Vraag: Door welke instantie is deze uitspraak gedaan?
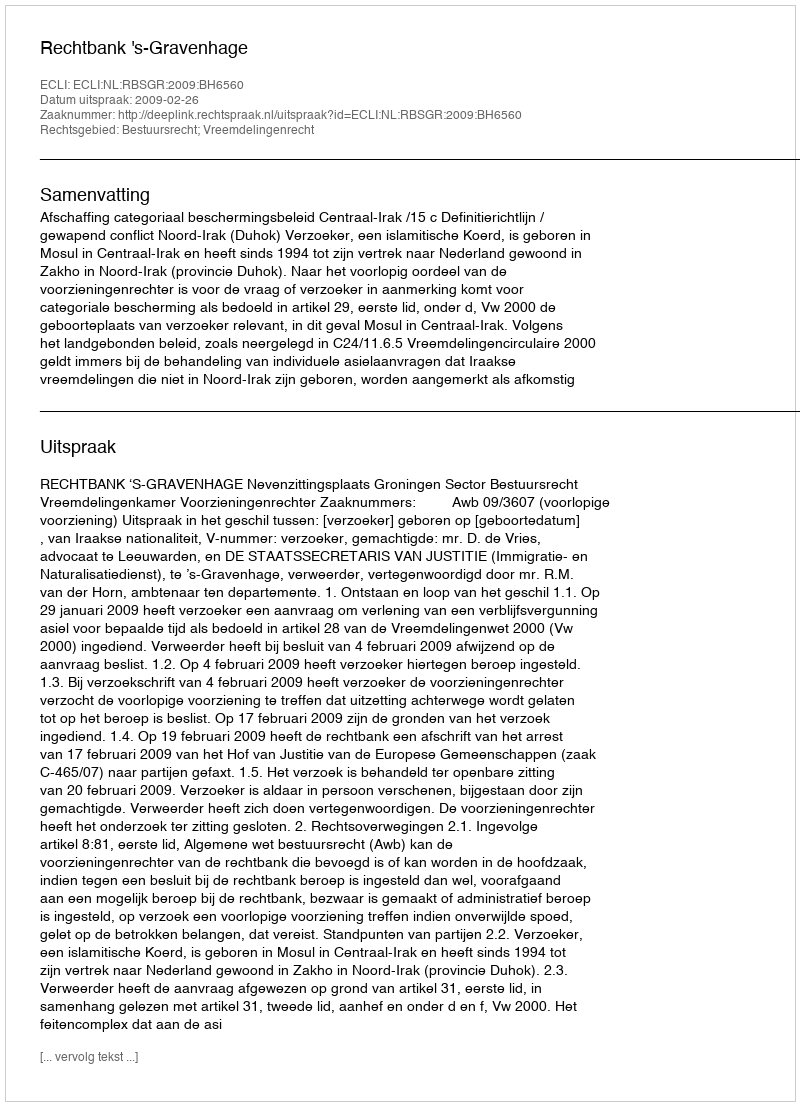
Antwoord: Rechtbank 's-Gravenhage